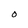
Character: O